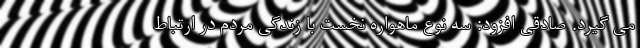
می گیرد. صادقی افزود: سه نوع ماهواره نخست با زندگی مردم در ارتباط